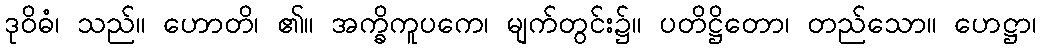
ဒုဝိဓံ၊ သည်။ ဟောတိ၊ ၏။ အက္ခိကူပကေ၊ မျက်တွင်း၌။ ပတိဋ္ဌိတော၊ တည်သော။ ဟေဋ္ဌာ၊